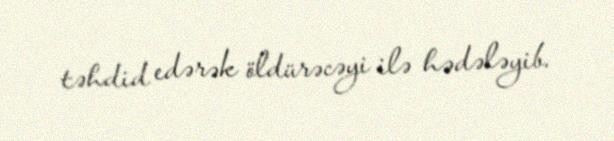
təhdid edərək öldürəcəyi ilə hədələyib.